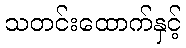
သတင်းထောက်နှင့်